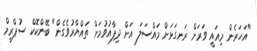
"އަހަރެން މިއައީ ވަރަށް ރަނގަޅަށް މައްސަލަ އަށް ދިފާއުވުމަށް ތައްޔާރުވެގެން" ބޭންކޮކް ސުޕްރީމް